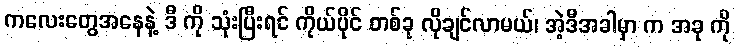
ကလေးတွေအနေနဲ့ ဒီ ကို သုံးပြီးရင် ကိုယ်ပိုင် တစ်ခု လိုချင်လာမယ်၊ အဲ့ဒီအခါမှာ က အခု ကို